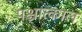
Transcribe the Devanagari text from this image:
पश्चात्काल